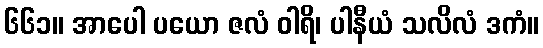
၆၆၁။ အာပေါ ပယော ဇလံ ဝါရိ၊ ပါနီယံ သလိလံ ဒကံ။